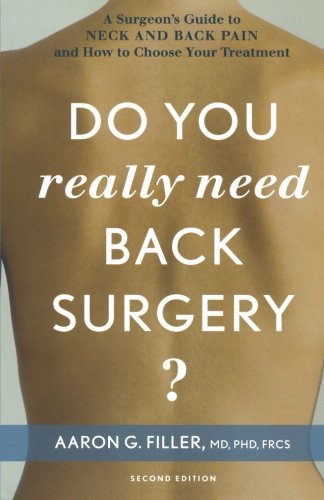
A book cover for Do You Really Need Back Surgery?: A Surgeon's Guide to Neck and Back Pain and How to Choose Your Treatment; Aaron G. Filler; Health, Fitness & Dieting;